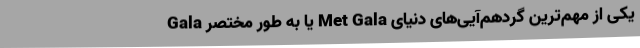
Gala یا به طور مختصر Met Gala یکی از مهم‌ترین گردهم‌آیی‌های دنیای